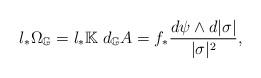
LaTeX: \begin{align*}l_*\Omega_{\mathbb G}=l_*{\mathbb K}\;d_{\mathbb G}A=f_*\frac{d\psi\wedge d|\sigma|}{|\sigma|^2},\end{align*}